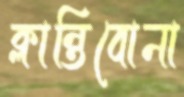
ক্লান্তিবোনা